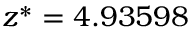
z ^ { * } = 4 . 9 3 5 9 8